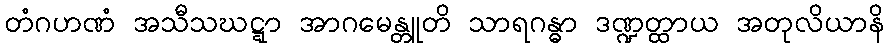
တံဂဟဏံ အသီသဃဋ္ဋာ အာဂမေန္တူတိ သာရဂန္ဓာ ဒဏ္ဍတ္ထာယ အတုလိယာနိ